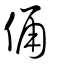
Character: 俑